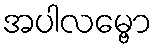
အပါလမ္ဗော